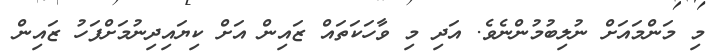
މި މަންމައަށް ނުލިބުމުންނެވެ. އަދި މި ވާހަކަތައް ޒައިން އަށް ކިޔައިދިނުމަށްފަހު ޒައިން